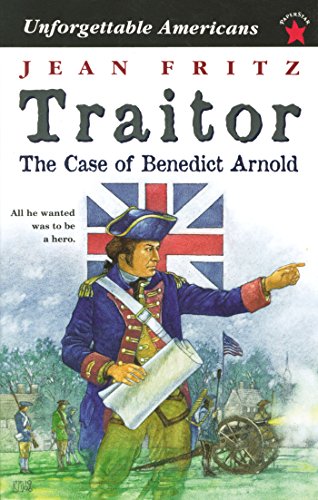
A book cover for Traitor: the Case of Benedict Arnold (Unforgettable Americans); Jean Fritz; Children's Books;